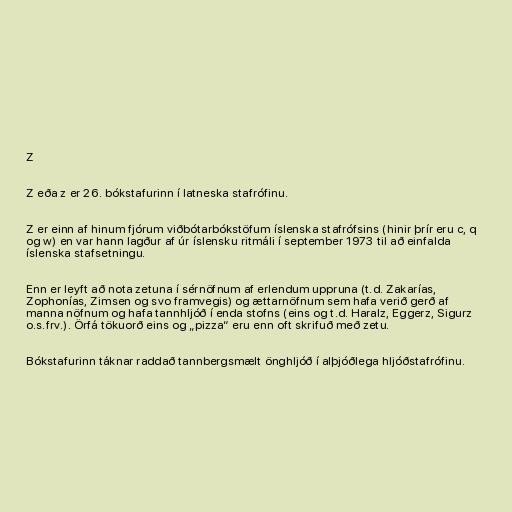
Z

Z eða z er 26. bókstafurinn í latneska stafrófinu.

Z er einn af hinum fjórum viðbótarbókstöfum íslenska stafrófsins (hinir þrír eru c, q
og w) en var hann lagður af úr íslensku ritmáli í september 1973 til að einfalda
íslenska stafsetningu.

Enn er leyft að nota zetuna í sérnöfnum af erlendum uppruna (t.d. Zakarías,
Zophonías, Zimsen og svo framvegis) og ættarnöfnum sem hafa verið gerð af
manna nöfnum og hafa tannhljóð í enda stofns (eins og t.d. Haralz, Eggerz, Sigurz
o.s.frv.). Örfá tökuorð eins og „pizza“ eru enn oft skrifuð með zetu.

Bókstafurinn táknar raddað tannbergsmælt önghljóð í alþjóðlega hljóðstafrófinu.